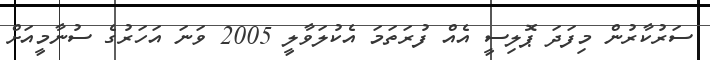
ސަރުކާރުން މިފަދަ ޕޮލިސީ އެއް ފުރަތަމަ އެކުލަވާލީ 2005 ވަނަ އަހަރުގެ ސުނާމީއަށް